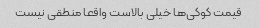
قیمت کوکی‌ها خیلی بالاست واقعا منطقی نیست